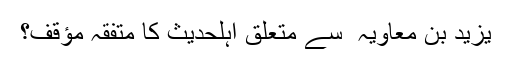
یزیدؒ بن معاویہ ؓ سے متعلق اہلحدیث کا متفّقہ مؤقف؟